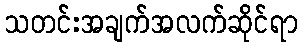
သတင်းအချက်အလက်ဆိုင်ရာ